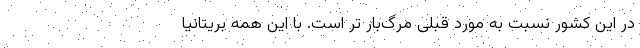
در این کشور نسبت به مورد قبلی مرگ‌بار تر است. با این همه بریتانیا